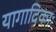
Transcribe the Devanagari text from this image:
यागादिकाः